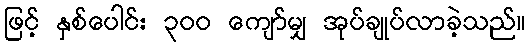
ဖြင့် နှစ်ပေါင်း ၃၀၀ ကျော်မျှ အုပ်ချုပ်လာခဲ့သည်။